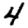
Digit: 4